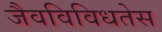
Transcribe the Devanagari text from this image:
जैवविविधतेस